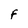
Character: F